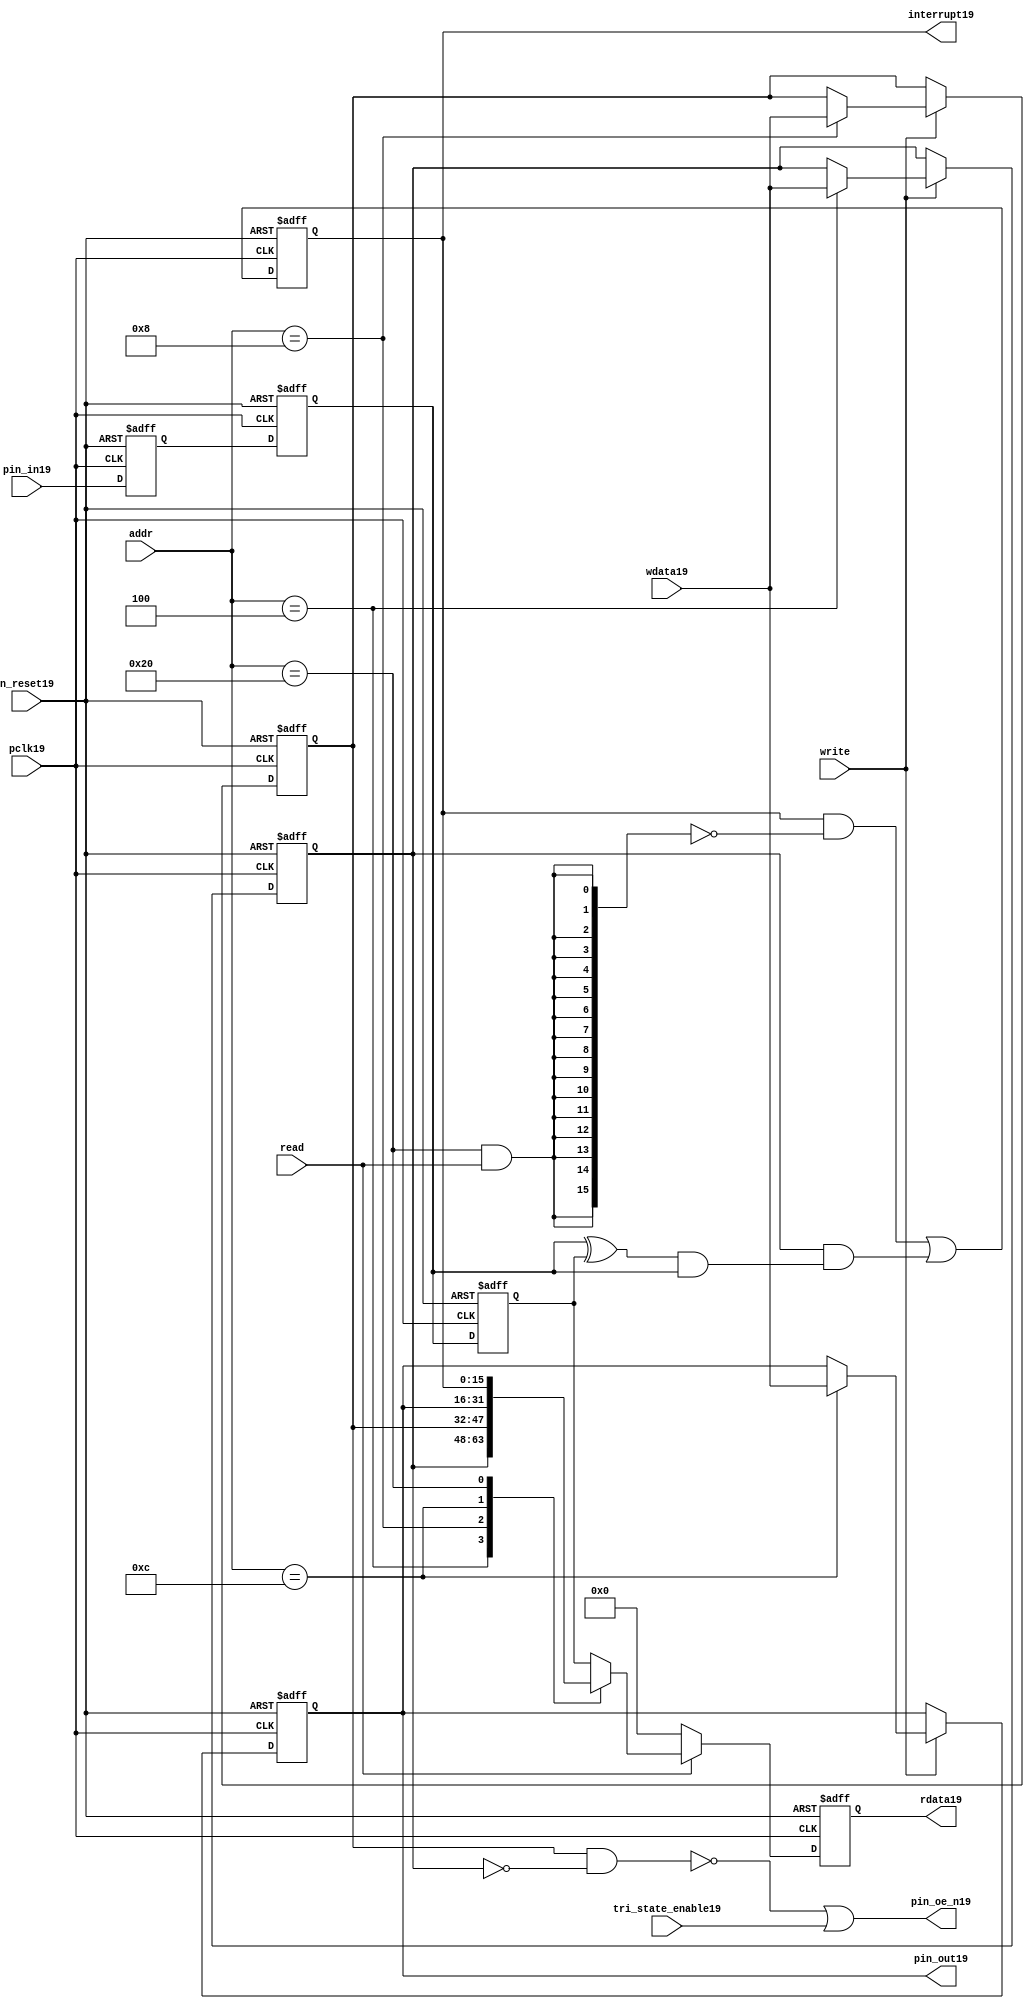
//File19 name   : gpio_lite_subunit19.v
//Title19       : 
//Created19     : 1999
//Description19 : Parametrised19 GPIO19 pin19 circuits19
//Notes19       : 
//----------------------------------------------------------------------
//   Copyright19 1999-2010 Cadence19 Design19 Systems19, Inc19.
//   All Rights19 Reserved19 Worldwide19
//
//   Licensed19 under the Apache19 License19, Version19 2.0 (the
//   "License19"); you may not use this file except19 in
//   compliance19 with the License19.  You may obtain19 a copy of
//   the License19 at
//
//       http19://www19.apache19.org19/licenses19/LICENSE19-2.0
//
//   Unless19 required19 by applicable19 law19 or agreed19 to in
//   writing, software19 distributed19 under the License19 is
//   distributed19 on an "AS19 IS19" BASIS19, WITHOUT19 WARRANTIES19 OR19
//   CONDITIONS19 OF19 ANY19 KIND19, either19 express19 or implied19.  See
//   the License19 for the specific19 language19 governing19
//   permissions19 and limitations19 under the License19.
//----------------------------------------------------------------------


module gpio_lite_subunit19(
  //Inputs19

  n_reset19,
  pclk19,

  read,
  write,
  addr,

  wdata19,
  pin_in19,

  tri_state_enable19,

  //Outputs19
 
  interrupt19,

  rdata19,
  pin_oe_n19,
  pin_out19

);
 
   // Inputs19
   
   // Clocks19   
   input n_reset19;            // asynch19 reset, active low19
   input pclk19;               // Ppclk19

   // Controls19
   input read;               // select19 GPIO19 read
   input write;              // select19 GPIO19 write
   input [5:0] 
         addr;               // address bus of selected master19

   // Dataflow19
   input [15:0]
         wdata19;              // GPIO19 Input19
   input [15:0]
         pin_in19;             // input data from pin19

   //Design19 for Test19 Inputs19
   input [15:0]
         tri_state_enable19;   // disables19 op enable -> Z19




   
   // Outputs19
   
   // Controls19
   output [15:0]
          interrupt19;         // interupt19 for input pin19 change

   // Dataflow19
   output [15:0]
          rdata19;             // GPIO19 Output19
   output [15:0]
          pin_oe_n19;          // output enable signal19 to pin19
   output [15:0]
          pin_out19;           // output signal19 to pin19
   



   
   // Registers19 in module

   //Define19 Physical19 registers in amba_unit19
   reg    [15:0]
          direction_mode19;     // 1=Input19 0=Output19              RW
   reg    [15:0]
          output_enable19;      // Output19 active                 RW
   reg    [15:0]
          output_value19;       // Value outputed19 from reg       RW
   reg    [15:0]
          input_value19;        // Value input from bus          R
   reg    [15:0]
          int_status19;         // Interrupt19 status              R

   // registers to remove metastability19
   reg    [15:0]
          s_synch19;            //stage_two19
   reg    [15:0]
          s_synch_two19;        //stage_one19 - to ext pin19
   
   
    
          
   // Registers19 for outputs19
   reg    [15:0]
          rdata19;              // prdata19 reg
   wire   [15:0]
          pin_oe_n19;           // gpio19 output enable
   wire   [15:0]
          pin_out19;            // gpio19 output value
   wire   [15:0]
          interrupt19;          // gpio19 interrupt19
   wire   [15:0]
          interrupt_trigger19;  // 1 sets19 interrupt19 status
   reg    [15:0]
          status_clear19;       // 1 clears19 interrupt19 status
   wire   [15:0]
          int_event19;          // 1 detects19 an interrupt19 event

   integer ia19;                // loop variable
   


   // address decodes19
   wire   ad_direction_mode19;  // 1=Input19 0=Output19              RW
   wire   ad_output_enable19;   // Output19 active                 RW
   wire   ad_output_value19;    // Value outputed19 from reg       RW
   wire   ad_int_status19;      // Interrupt19 status              R
   
//Register addresses19
//If19 modifying19 the APB19 address (PADDR19) width change the following19 bit widths19
parameter GPR_DIRECTION_MODE19   = 6'h04;       // set pin19 to either19 I19 or O19
parameter GPR_OUTPUT_ENABLE19    = 6'h08;       // contains19 oe19 control19 value
parameter GPR_OUTPUT_VALUE19     = 6'h0C;       // output value to be driven19
parameter GPR_INPUT_VALUE19      = 6'h10;       // gpio19 input value reg
parameter GPR_INT_STATUS19       = 6'h20;       // Interrupt19 status register

//Reset19 Values19
//If19 modifying19 the GPIO19 width change the following19 bit widths19
//parameter GPRV_RSRVD19            = 32'h0000_0000; // Reserved19
parameter GPRV_DIRECTION_MODE19  = 32'h00000000; // Default to output mode
parameter GPRV_OUTPUT_ENABLE19   = 32'h00000000; // Default 3 stated19 outs19
parameter GPRV_OUTPUT_VALUE19    = 32'h00000000; // Default to be driven19
parameter GPRV_INPUT_VALUE19     = 32'h00000000; // Read defaults19 to zero
parameter GPRV_INT_STATUS19      = 32'h00000000; // Int19 status cleared19



   //assign ad_bypass_mode19    = ( addr == GPR_BYPASS_MODE19 );   
   assign ad_direction_mode19 = ( addr == GPR_DIRECTION_MODE19 );   
   assign ad_output_enable19  = ( addr == GPR_OUTPUT_ENABLE19 );   
   assign ad_output_value19   = ( addr == GPR_OUTPUT_VALUE19 );   
   assign ad_int_status19     = ( addr == GPR_INT_STATUS19 );   

   // assignments19
   
   assign interrupt19         = ( int_status19);

   assign interrupt_trigger19 = ( direction_mode19 & int_event19 ); 

   assign int_event19 = ((s_synch19 ^ input_value19) & ((s_synch19)));

   always @( ad_int_status19 or read )
   begin : p_status_clear19

     for ( ia19 = 0; ia19 < 16; ia19 = ia19 + 1 )
     begin

       status_clear19[ia19] = ( ad_int_status19 & read );

     end // for ia19

   end // p_status_clear19

   // p_write_register19 : clocked19 / asynchronous19
   //
   // this section19 contains19 all the code19 to write registers

   always @(posedge pclk19 or negedge n_reset19)
   begin : p_write_register19

      if (~n_reset19)
      
       begin
         direction_mode19  <= GPRV_DIRECTION_MODE19;
         output_enable19   <= GPRV_OUTPUT_ENABLE19;
         output_value19    <= GPRV_OUTPUT_VALUE19;
       end
      
      else 
      
       begin
      
         if (write == 1'b1) // Write value to registers
      
          begin
              
            // Write Mode19
         
            if ( ad_direction_mode19 ) 
               direction_mode19 <= wdata19;
 
            if ( ad_output_enable19 ) 
               output_enable19  <= wdata19;
     
            if ( ad_output_value19 )
               output_value19   <= wdata19;

              

           end // if write
         
       end // else: ~if(~n_reset19)
      
   end // block: p_write_register19



   // p_metastable19 : clocked19 / asynchronous19 
   //
   // This19 process  acts19 to remove  metastability19 propagation
   // Only19 for input to GPIO19
   // In Bypass19 mode pin_in19 passes19 straight19 through

   always @(posedge pclk19 or negedge n_reset19)
      
   begin : p_metastable19
      
      if (~n_reset19)
        begin
         
         s_synch19       <= {16 {1'b0}};
         s_synch_two19   <= {16 {1'b0}};
         input_value19   <= GPRV_INPUT_VALUE19;
         
        end // if (~n_reset19)
      
      else         
        begin
         
         input_value19   <= s_synch19;
         s_synch19       <= s_synch_two19;
         s_synch_two19   <= pin_in19;

        end // else: ~if(~n_reset19)
      
   end // block: p_metastable19


   // p_interrupt19 : clocked19 / asynchronous19 
   //
   // These19 lines19 set and clear the interrupt19 status

   always @(posedge pclk19 or negedge n_reset19)
   begin : p_interrupt19
      
      if (~n_reset19)
         int_status19      <= GPRV_INT_STATUS19;
      
      else 
         int_status19      <= ( int_status19 & ~(status_clear19) // read & clear
                            ) |
                            interrupt_trigger19;             // new interrupt19
        
   end // block: p_interrupt19
   
   
   // p_read_register19  : clocked19 / asynchronous19 
   //
   // this process registers the output values

   always @(posedge pclk19 or negedge n_reset19)

      begin : p_read_register19
         
         if (~n_reset19)
         
           begin

            rdata19 <= {16 {1'b0}};

           end
           
         else //if not reset
         
           begin
         
            if (read == 1'b1)
            
              begin
            
               case (addr)
            
                  
                  GPR_DIRECTION_MODE19:
                     rdata19 <= direction_mode19;
                  
                  GPR_OUTPUT_ENABLE19:
                     rdata19 <= output_enable19;
                  
                  GPR_OUTPUT_VALUE19:
                     rdata19 <= output_value19;
                  
                  GPR_INT_STATUS19:
                     rdata19 <= int_status19;
                  
                  default: // if GPR_INPUT_VALUE19 or unmapped reg addr
                     rdata19 <= input_value19;
            
               endcase
            
              end //end if read
            
            else //in not read
            
              begin // if not a valid read access, keep19 '0'-s 
              
               rdata19 <= {16 {1'b0}};
              
              end //end if not read
              
           end //end else if not reset

      end // p_read_register19


   assign pin_out19 = 
        ( output_value19 ) ;
     
   assign pin_oe_n19 = 
      ( ( ~(output_enable19 & ~(direction_mode19)) ) |
        tri_state_enable19 ) ;

                
  
endmodule // gpio_subunit19